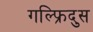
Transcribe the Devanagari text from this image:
गल्फ्रिदुस